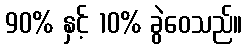
90% နှင့် 10% ခွဲဝေသည်။